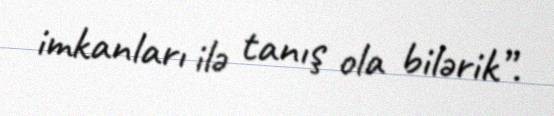
imkanları ilə tanış ola bilərik”.